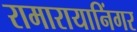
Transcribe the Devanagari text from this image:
रामारायानिंगर